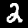
Label: 2